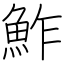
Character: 鮓